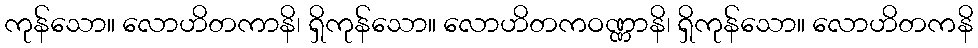
ကုန်သော။ လောဟိတကာနိ၊ ရှိကုန်သော။ လောဟိတကဝဏ္ဏာနိ၊ ရှိကုန်သော။ လောဟိတကနိ